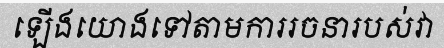
ឡើងយោងទៅតាមការរចនារបស់វា